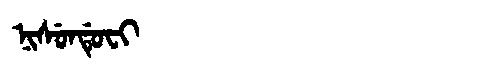
Manchu: ᠨᡳᠰᡠᠨᡩᡠᠸᡳ
Romanization: NISUNDUFI